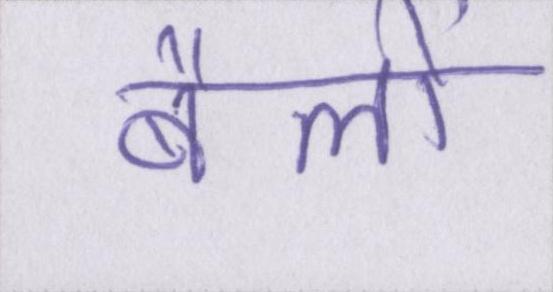
बैलों